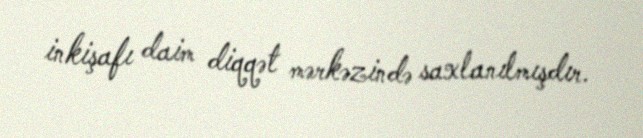
inkişafı daim diqqət mərkəzində saxlanılmışdır.